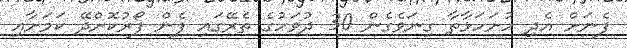
ފެނަށް އެދި ހުށަހަޅާތާ ގިނަވެގެން 30 ދުވަހުގެ ތެރޭގައި ފެން ފޯރުކޮށްދޭ ކަމަށާއި